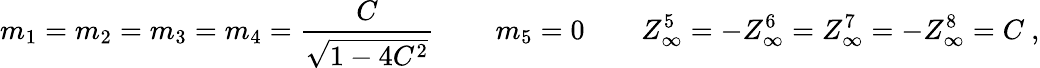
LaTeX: m_{1}=m_{2}=m_{3}=m_{4}={\frac{C}{\sqrt{1-4C^{2}}}}\, \qquad m_{5}=0\qquad Z_{\infty}^{5}=-Z_{\infty}^{6}=Z_{\infty}^{7}=-Z_{\infty}^{8}=C\ ,